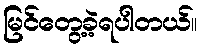
မြင်တွေ့ခဲ့ရပါတယ်။